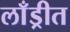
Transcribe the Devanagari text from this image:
लाँड्रीत